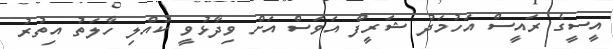
އީސީގެ ރައީސް އަހުމަދު ޝަރީފް އަވަސް އަށް ވިދާޅުވީ ކުއްލި ހާލަތު އިތުރު